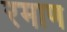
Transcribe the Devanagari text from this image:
रमाण